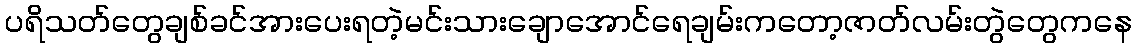
ပရိသတ်တွေချစ်ခင်အားပေးရတဲ့မင်းသားချောအောင်ရေချမ်းကတော့ဇာတ်လမ်းတွဲတွေကနေ